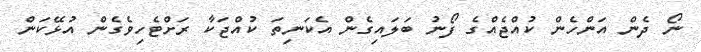
ނޯ ދެން އަންހެން ކުއްޖެއްގެ ފޯނު ބަލައިގެން އެކަނިތަ ކުއްޖަކާ ރަށްޓެހިވެގެން އުޅޭކަން